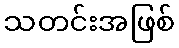
သတင်းအဖြစ်